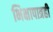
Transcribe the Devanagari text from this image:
भिक्षापात्रही